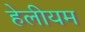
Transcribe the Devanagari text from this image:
हेलीयम